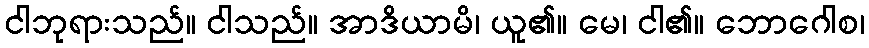
ငါဘုရားသည်။ ငါသည်။ အာဒိယာမိ၊ ယူ၏။ မေ၊ ငါ၏။ ဘောဂေါစ၊